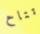
تتاح